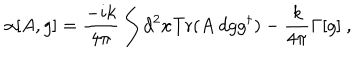
\alpha [ A , g ] = \frac { - i k } { 4 \pi } \int d ^ { 2 } x \mathrm { T r } ( A ~ d g g ^ { \dagger } ) - \frac { k } { 4 \pi } \Gamma [ g ] \ ,